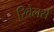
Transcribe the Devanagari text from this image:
रिवेलर्स